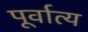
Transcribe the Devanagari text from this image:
पूर्वात्य